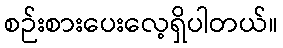
စဉ်းစားပေးလေ့ရှိပါတယ်။